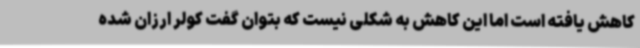
کاهش یافته است اما این کاهش به شکلی نیست که بتوان گفت کولر ارزان شده